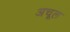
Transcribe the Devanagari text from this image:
अचूल